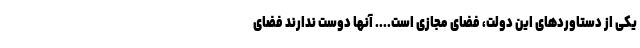
یکی از دستاوردهای این دولت، فضای مجازی است.... آنها دوست ندارند فضای